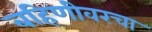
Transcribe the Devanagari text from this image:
बहिणीवरचा